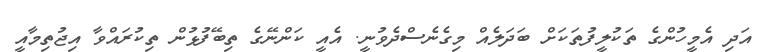
އަދި އެމީހުންގެ ތަކުލީފުތަކަށް ބަދަލެއް މިގެނެސްދެވުނީ. އެއީ ކަންނޭގެ ތިބޭފުޅުން ތިކުރައްވާ އިޖުތިމާއީ